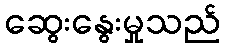
ဆွေးနွေးမှုသည်